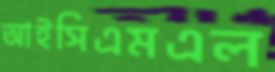
আইসিএমএল